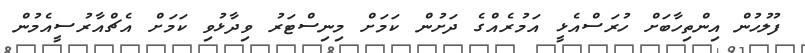
ފުލުހުން އިންތިހާބަށް ހުރަސްއެޅީ އަމުރެއްގެ ދަށުން ކަމަށް މިނިސްޓަރު ވިދާޅުވި ކަމަށް އެޗްއާރުސީއެމުން